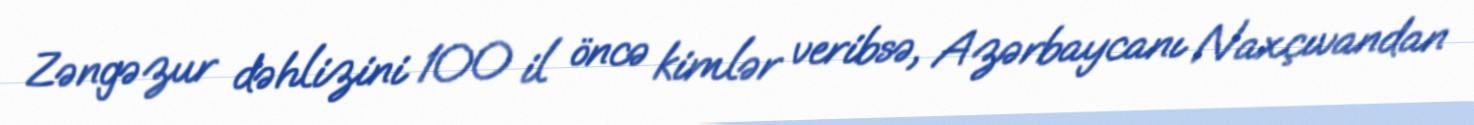
Zəngəzur dəhlizini 100 il öncə kimlər veribsə, Azərbaycanı Naxçıvandan